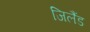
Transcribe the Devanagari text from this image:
जिलैंड